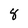
Character: 8